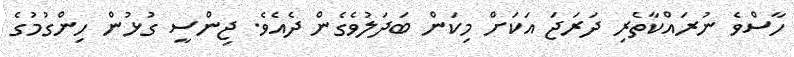
ހާސްވެ ނުރައްކާތެރި ދަރަޖަ އަކަށް މިކަން ބަދަލުވެގެން ދެއެވެ. ޖިންސީ ގުޅުން ހިންގުމުގެ